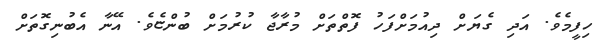
ހިފީމެވެ. އަދި ގެޔަށް ދިއުމަށްފަހު ފޮތްތަށް މުރާޖާ ކުރުމަށް ބުންޏެވެ. އޭނާ އެބުނިގޮތަށް